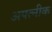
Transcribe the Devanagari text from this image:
अपत्नीक